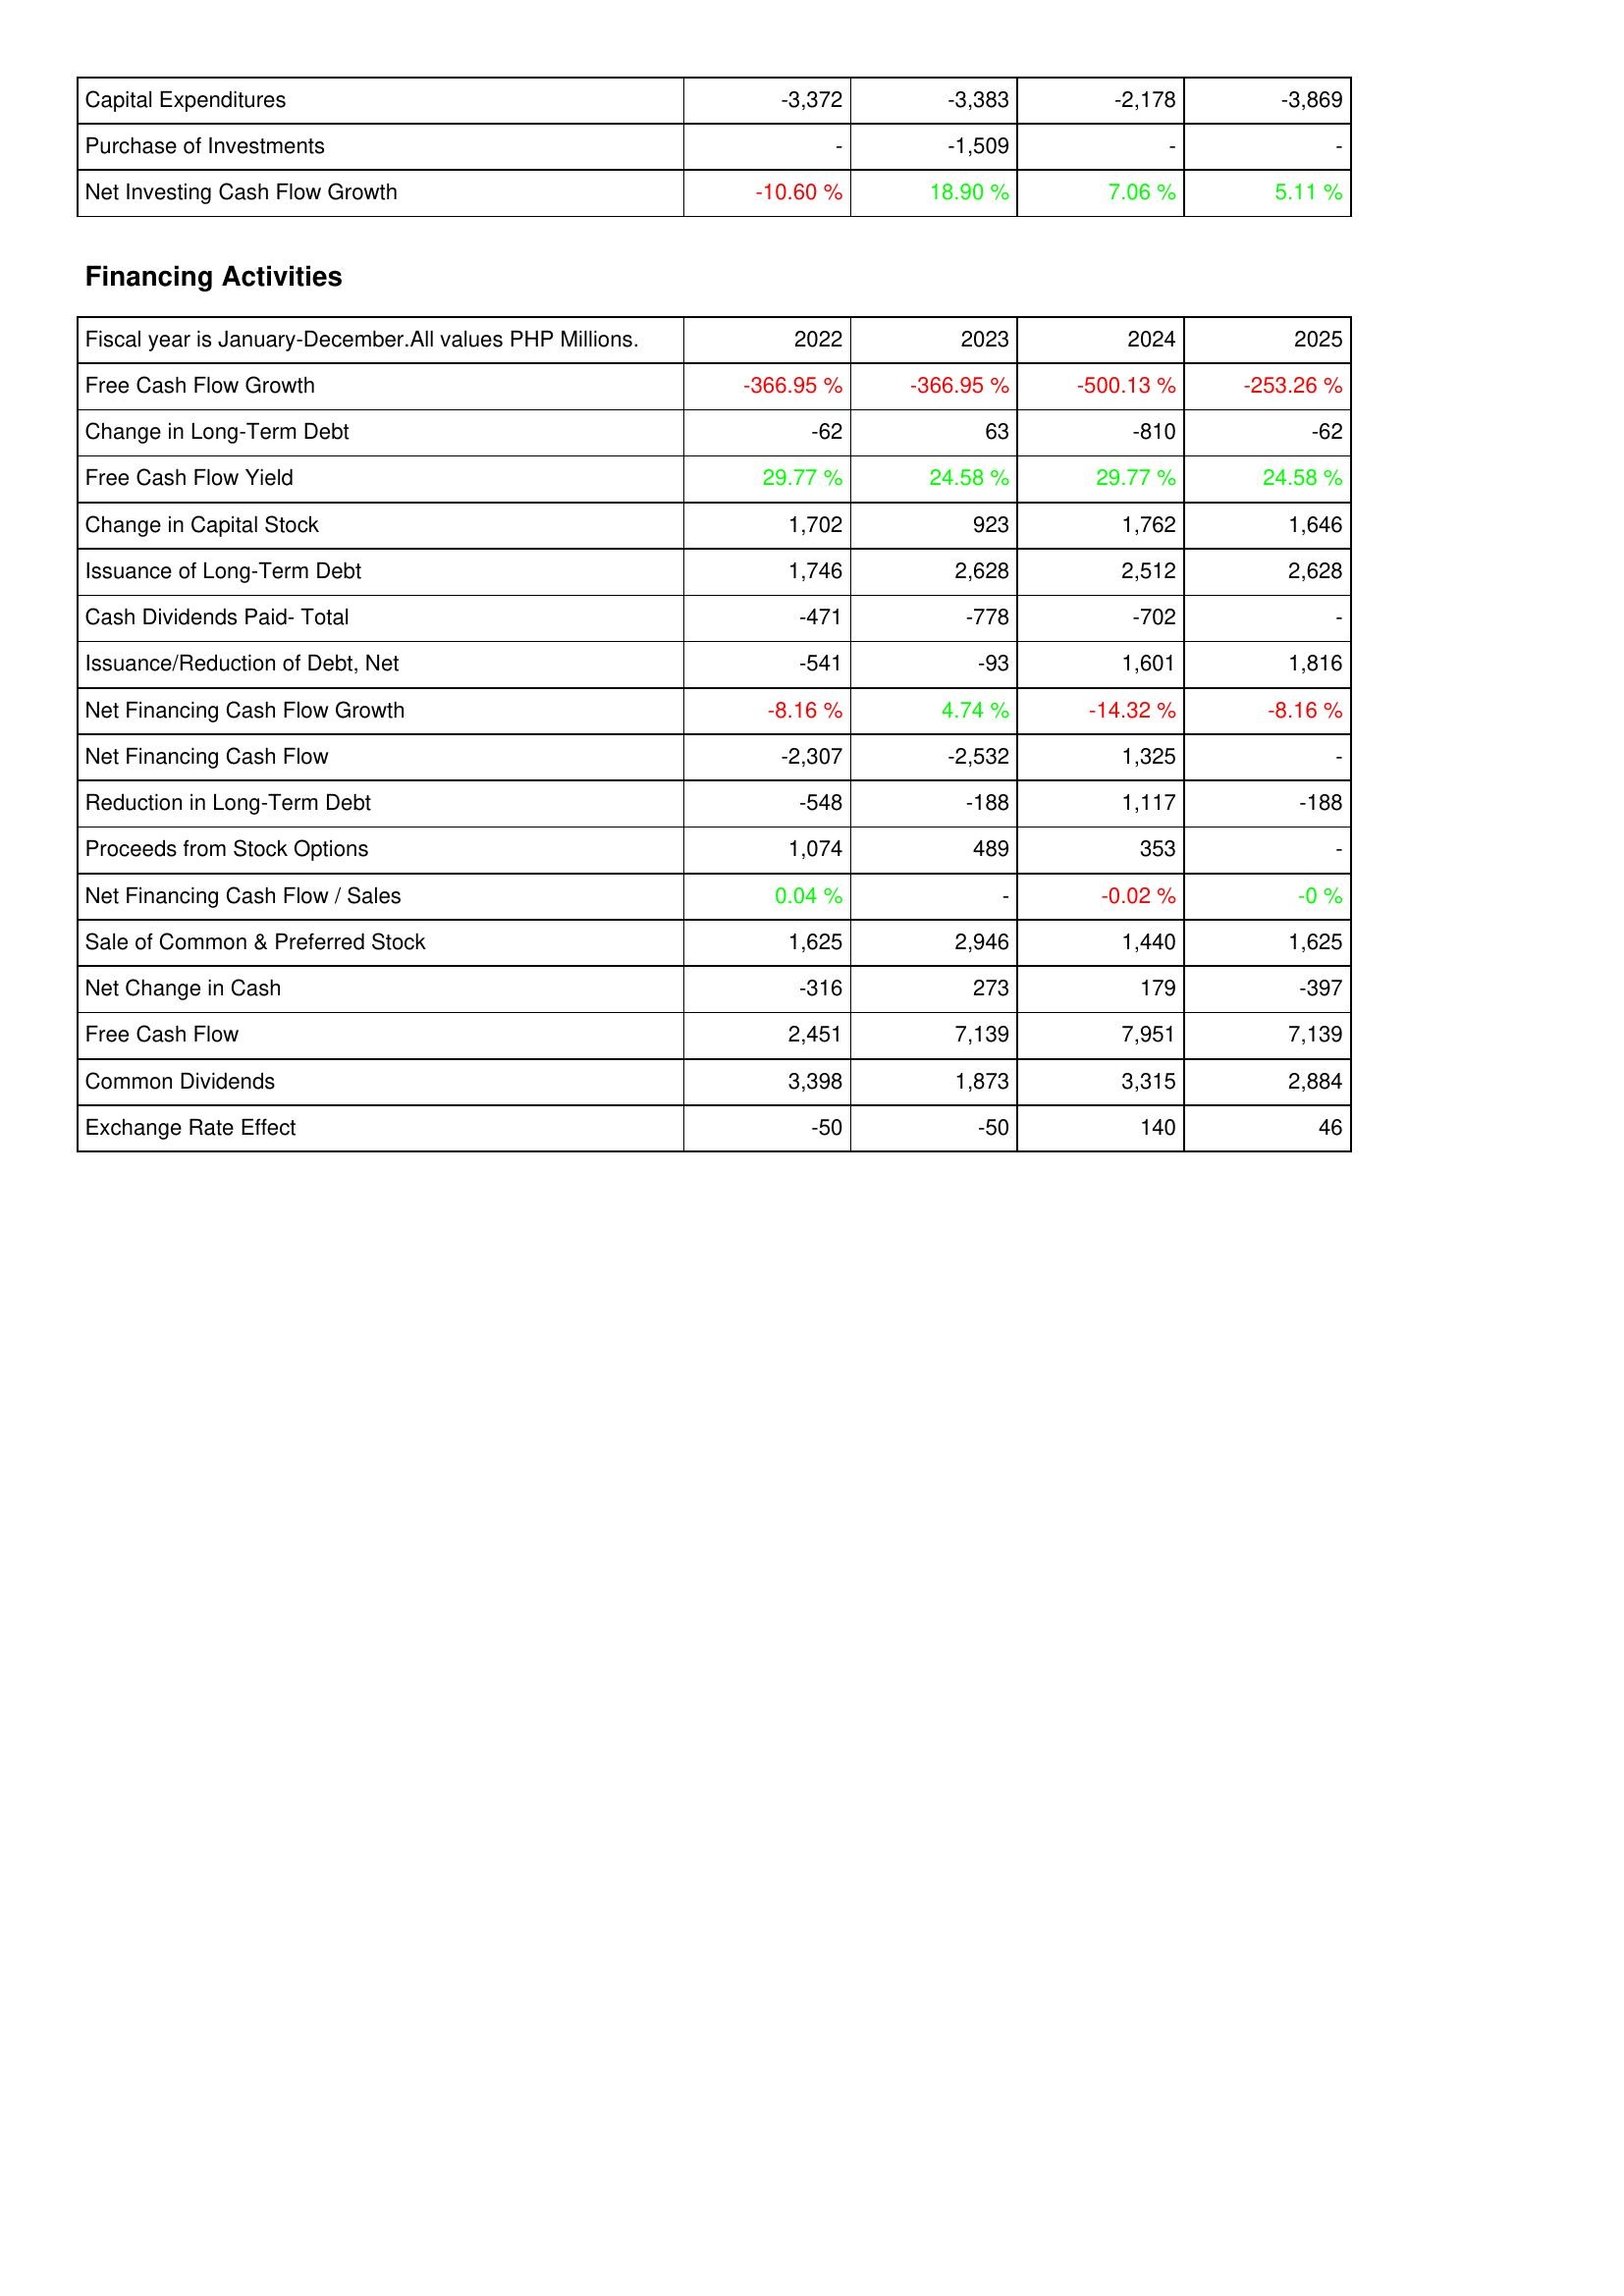
2022: Investing Activities: Capital Expenditures: -3,372
Purchase of Investments: -
Net Investing Cash Flow Growth: -10.60 %
Financing Activities: Free Cash Flow Growth: -366.95 %
Change in Long-Term Debt: -62
Free Cash Flow Yield: 29.77 %
Change in Capital Stock: 1,702
Issuance of Long-Term Debt: 1,746
Cash Dividends Paid- Total: -471
Issuance/Reduction of Debt, Net: -541
Net Financing Cash Flow Growth: -8.16 %
Net Financing Cash Flow: -2,307
Reduction in Long-Term Debt: -548
Proceeds from Stock Options: 1,074
Net Financing Cash Flow / Sales: 0.04 %
Sale of Common & Preferred Stock: 1,625
Net Change in Cash: -316
Free Cash Flow: 2,451
Common Dividends: 3,398
Exchange Rate Effect: -50
2023: Investing Activities: Capital Expenditures: -3,383
Purchase of Investments: -1,509
Net Investing Cash Flow Growth: 18.90 %
Financing Activities: Free Cash Flow Growth: -366.95 %
Change in Long-Term Debt: 63
Free Cash Flow Yield: 24.58 %
Change in Capital Stock: 923
Issuance of Long-Term Debt: 2,628
Cash Dividends Paid- Total: -778
Issuance/Reduction of Debt, Net: -93
Net Financing Cash Flow Growth: 4.74 %
Net Financing Cash Flow: -2,532
Reduction in Long-Term Debt: -188
Proceeds from Stock Options: 489
Net Financing Cash Flow / Sales: -
Sale of Common & Preferred Stock: 2,946
Net Change in Cash: 273
Free Cash Flow: 7,139
Common Dividends: 1,873
Exchange Rate Effect: -50
2024: Investing Activities: Capital Expenditures: -2,178
Purchase of Investments: -
Net Investing Cash Flow Growth: 7.06 %
Financing Activities: Free Cash Flow Growth: -500.13 %
Change in Long-Term Debt: -810
Free Cash Flow Yield: 29.77 %
Change in Capital Stock: 1,762
Issuance of Long-Term Debt: 2,512
Cash Dividends Paid- Total: -702
Issuance/Reduction of Debt, Net: 1,601
Net Financing Cash Flow Growth: -14.32 %
Net Financing Cash Flow: 1,325
Reduction in Long-Term Debt: 1,117
Proceeds from Stock Options: 353
Net Financing Cash Flow / Sales: -0.02 %
Sale of Common & Preferred Stock: 1,440
Net Change in Cash: 179
Free Cash Flow: 7,951
Common Dividends: 3,315
Exchange Rate Effect: 140
2025: Investing Activities: Capital Expenditures: -3,869
Purchase of Investments: -
Net Investing Cash Flow Growth: 5.11 %
Financing Activities: Free Cash Flow Growth: -253.26 %
Change in Long-Term Debt: -62
Free Cash Flow Yield: 24.58 %
Change in Capital Stock: 1,646
Issuance of Long-Term Debt: 2,628
Cash Dividends Paid- Total: -
Issuance/Reduction of Debt, Net: 1,816
Net Financing Cash Flow Growth: -8.16 %
Net Financing Cash Flow: -
Reduction in Long-Term Debt: -188
Proceeds from Stock Options: -
Net Financing Cash Flow / Sales: -0 %
Sale of Common & Preferred Stock: 1,625
Net Change in Cash: -397
Free Cash Flow: 7,139
Common Dividends: 2,884
Exchange Rate Effect: 46